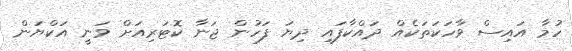
ހުމާ އައިސް ވާހަކަތަކެއް ދައްކާފައި ދިޔަ ފަހުން ޖަނާ ކޮޓަރިއަށް ވަނީ އަކްޔަން